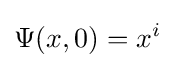
\Psi (x,0)=x^{i}